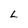
Character: L